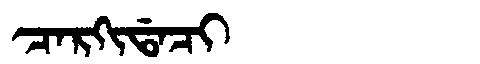
Manchu: ᠴᠠᡵᡴᡳᡩᠠᠴᡳ
Romanization: CARKIDACI